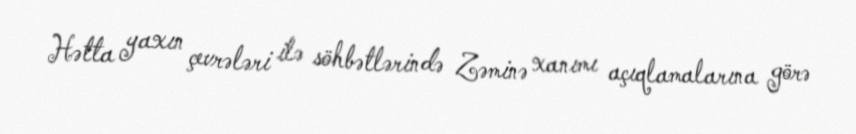
Hətta yaxın çevrələri ilə söhbətlərində Zəminə xanımı açıqlamalarına görə